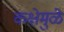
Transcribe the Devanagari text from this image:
कक्षेमुळे